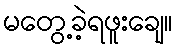
မတွေ့ခဲ့ရဖူးချေ။